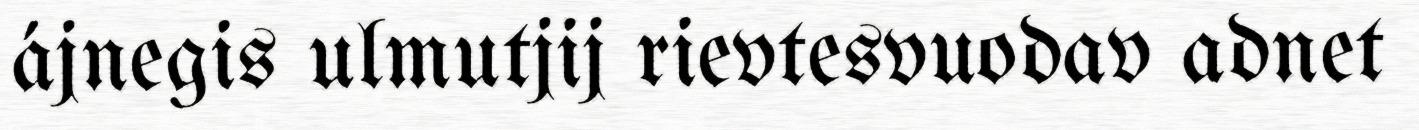
ájnegis ulmutjij rievtesvuodav adnet